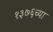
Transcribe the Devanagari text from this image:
१३७६च्या